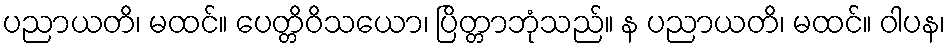
ပညာယတိ၊ မထင်။ ပေတ္တိဝိသယော၊ ပြိတ္တာဘုံသည်။ န ပညာယတိ၊ မထင်။ ဝါပန၊